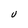
Character: U